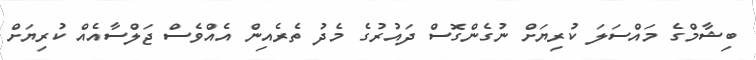
ބިޝާމްގެ މައްސަލަ ކުރިޔަށް ނުގެންގޮސް ދައުރުގެ މެދު ތެރެއިން އެއްވެސް ޖަލްސާއެއް ކުރިޔަށް